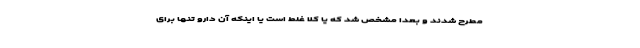
مطرح شدند و بعدا مشخص شد که یا کلا غلط است یا اینکه آن دارو تنها برای